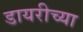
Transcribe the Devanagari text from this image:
डायरीच्या